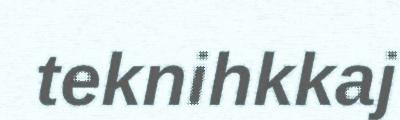
teknihkkaj